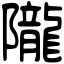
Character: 隴